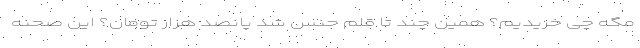
مگه چی خریدیم؟ همین چند تا قلم جنس شد پانصد هزار تومان؟ این صحنه